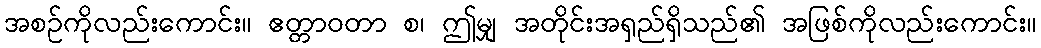
အစဉ်ကိုလည်းကောင်း။ ဧတ္တာဝတာ စ၊ ဤမျှ အတိုင်းအရှည်ရှိသည်၏ အဖြစ်ကိုလည်းကောင်း။